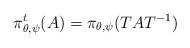
LaTeX: \begin{align*} \pi_{\theta,\psi}^t(A) = \pi_{\theta,\psi}(TAT^{-1})\end{align*}